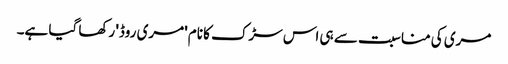
مری کی مناسبت سے ہی اس سڑک کا نام 'مری روڈ' رکھا گیا ہے۔